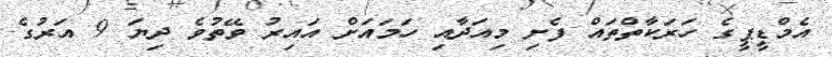
އެމްޑީޕީގެ ހަރަކާތްތައް ފެށި މިއަދާއި ހަމައަށް އައިރު ވޭތުވެ ދިޔަ 9 އަރުގެ